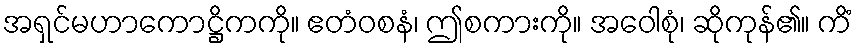
အရှင်မဟာကောဋ္ဌိကကို။ ဧတံဝစနံ၊ ဤစကားကို။ အဝေါစုံ၊ ဆိုကုန်၏။ ကိံ